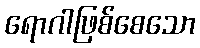
ရောဂါဖြစ်စေသော